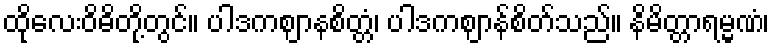
ထိုလေးဝိဓိတို့တွင်။ ပါဒကဈာနစိတ္တံ၊ ပါဒကဈာန်စိတ်သည်။ နိမိတ္တာရမ္မဏံ၊